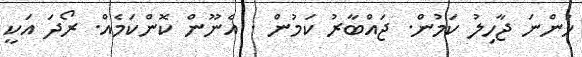
ހުންނަ ޖާހިލު ކަމުން. ޖައްބާރު ކަމުން . އެނޫން ކޮންކަމެއް. ރޯދަ އަކީ